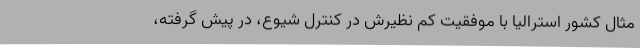
مثال کشور استرالیا با موفقیت کم نظیرش در کنترل شیوع، در پیش گرفته،